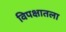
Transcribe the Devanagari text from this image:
विपक्षातला